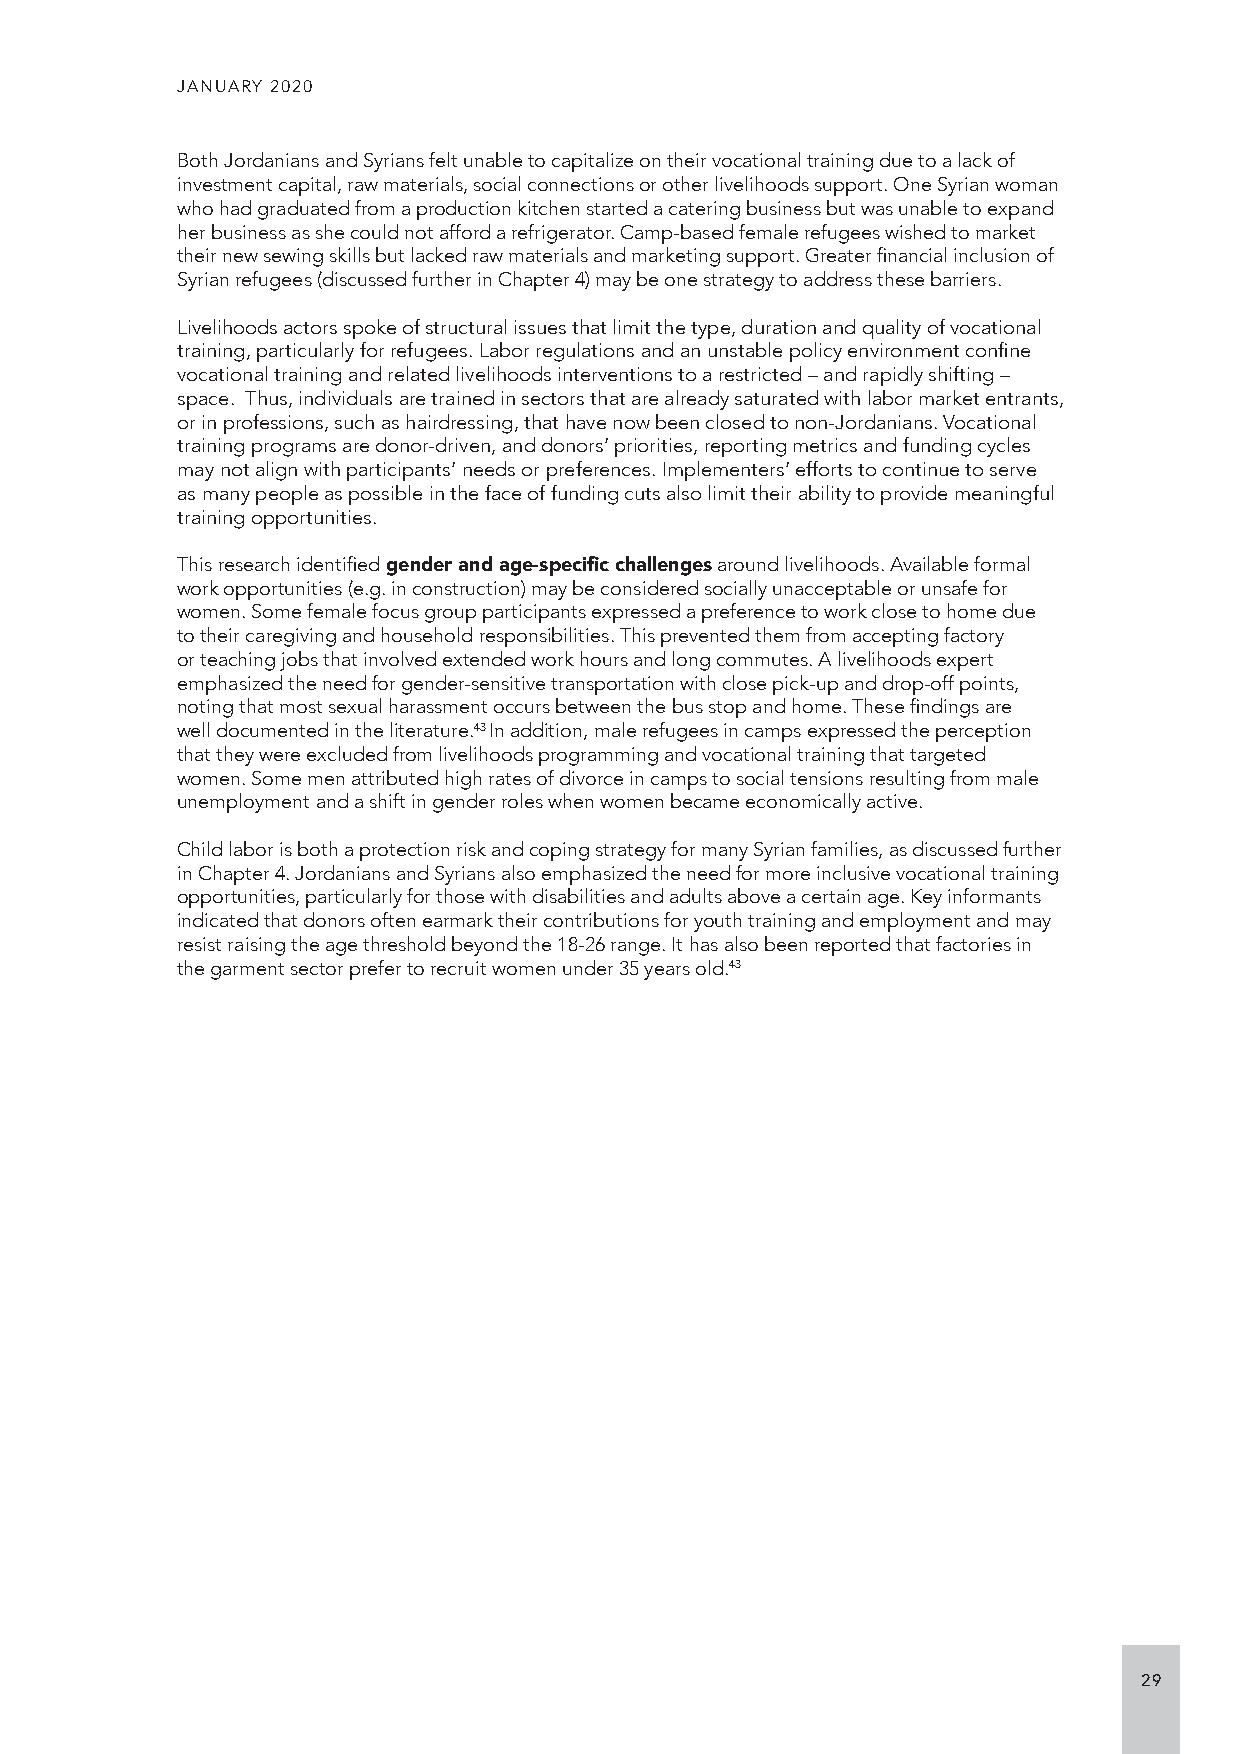
JANUARY 2020
 Both Jordanians and Syrians felt unable to capitalize on their vocational training due to a lack of
 investment capital, raw materials, social connections or other livelihoods support. One Syrian woman
 who had graduated from a production kitchen started a catering business but was unable to expand
 her business as she could not afford a refrigerator. Camp-based female refugees wished to market
 their new sewing skills but lacked raw materials and marketing support. Greater financial inclusion of
 Syrian refugees (discussed further in Chapter 4) may be one strategy to address these barriers.
 Livelihoods actors spoke of structural issues that limit the type, duration and quality of vocational
 training, particularly for refugees. Labor regulations and an unstable policy environment confine
 vocational training and related livelihoods interventions to a restricted – and rapidly shifting –
 space. Thus, individuals are trained in sectors that are already saturated with labor market entrants,
 or in professions, such as hairdressing, that have now been closed to non-Jordanians. Vocational
 training programs are donor-driven, and donors’ priorities, reporting metrics and funding cycles
 may not align with participants’ needs or preferences. Implementers’ efforts to continue to serve
 as many people as possible in the face of funding cuts also limit their ability to provide meaningful
 training opportunities.
 This research identified gender and age-specific challenges around livelihoods. Available formal
 work opportunities (e.g. in construction) may be considered socially unacceptable or unsafe for
 women. Some female focus group participants expressed a preference to work close to home due
 to their caregiving and household responsibilities. This prevented them from accepting factory
 or teaching jobs that involved extended work hours and long commutes. A livelihoods expert
 emphasized the need for gender-sensitive transportation with close pick-up and drop-off points,
 noting that most sexual harassment occurs between the bus stop and home. These findings are
 well documented in the literature.43 In addition, male refugees in camps expressed the perception
 that they were excluded from livelihoods programming and vocational training that targeted
 women. Some men attributed high rates of divorce in camps to social tensions resulting from male
 unemployment and a shift in gender roles when women became economically active.
 Child labor is both a protection risk and coping strategy for many Syrian families, as discussed further
 in Chapter 4. Jordanians and Syrians also emphasized the need for more inclusive vocational training
 opportunities, particularly for those with disabilities and adults above a certain age. Key informants
 indicated that donors often earmark their contributions for youth training and employment and may
 resist raising the age threshold beyond the 18-26 range. It has also been reported that factories in
 the garment sector prefer to recruit women under 35 years old.43
 29